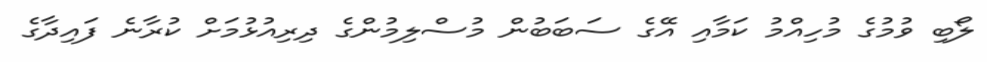
ލޯބި ވުމުގެ މުހިއްމު ކަމާއި އޭގެ ސަބަބުން މުސްލިމުންގެ ދިރިއުޅުމަށް ކުރާނެ ފައިދާގެ